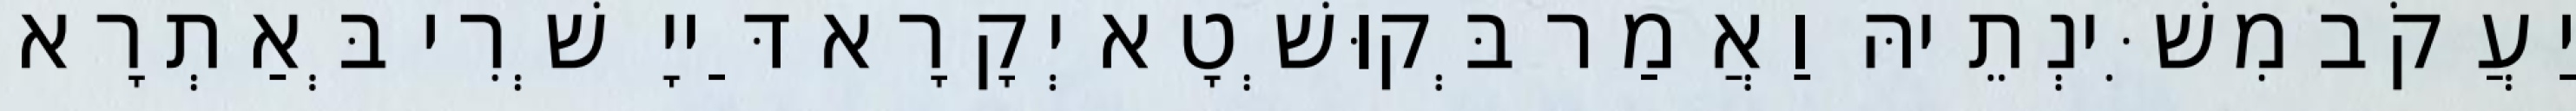
יַעֲקֹב מִשִּׁינְתֵיהּ וַאֲמַר בְּקוּשְׁטָא יְקָרָא דַּייָ שְׁרִי בְּאַתְרָא